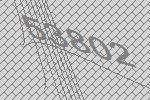
53802